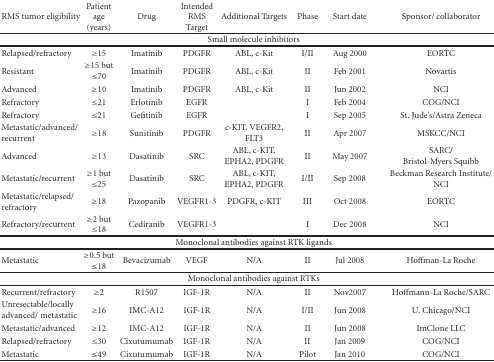
<table><thead><tr><td><b>RMS tumor eligibility</b></td><td><b>Patient age (years)</b></td><td><b>Drug</b></td><td><b>Intended RMS Target</b></td><td><b>Additional Targets</b></td><td><b>Phase</b></td><td><b>Start date</b></td><td><b>Sponsor/ collaborator</b></td></tr></thead><tbody><tr><td colspan="8">Small molecule inhibitors</td></tr><tr><td>Relapsed/refractory</td><td>≥15</td><td>Imatinib</td><td>PDGFR</td><td>ABL, c-Kit</td><td>I/II</td><td>Aug 2000</td><td>EORTC</td></tr><tr><td>Resistant</td><td>≥15 but ≤70</td><td>Imatinib</td><td>PDGFR</td><td>ABL, c-Kit</td><td>II</td><td>Feb 2001</td><td>Novartis</td></tr><tr><td>Advanced</td><td>≥10</td><td>Imatinib</td><td>PDGFR</td><td>ABL, c-Kit</td><td>II</td><td>Jun 2002</td><td>NCI</td></tr><tr><td>Refractory</td><td>≤21</td><td>Erlotinib</td><td>EGFR</td><td></td><td>I</td><td>Feb 2004</td><td>COG/NCI</td></tr><tr><td>Refractory</td><td>≤21</td><td>Gefitinib</td><td>EGFR</td><td></td><td>I</td><td>Sep 2005</td><td>St. Jude&#x27;s/Astra Zeneca</td></tr><tr><td>Metastatic/advanced/ recurrent</td><td>≥18</td><td>Sunitinib</td><td>PDGFR</td><td>c-KIT, VEGFR2, FLT3</td><td>II</td><td>Apr 2007</td><td>MSKCC/NCI</td></tr><tr><td>Advanced</td><td>≥13</td><td>Dasatinib</td><td>SRC</td><td>ABL, c-KIT, EPHA2, PDGFR</td><td>II</td><td>May 2007</td><td>SARC/Bristol-Myers Squibb</td></tr><tr><td>Metastatic/recurrent</td><td>≥1 but ≤25</td><td>Dasatinib</td><td>SRC</td><td>ABL, c-KIT, EPHA2, PDGFR</td><td>I/II</td><td>Sep 2008</td><td>Beckman Research Institute/NCI</td></tr><tr><td>Metastatic/relapsed/ refractory</td><td>≥18</td><td>Pazopanib</td><td>VEGFR1-3</td><td>PDGFR, c-KIT</td><td>III</td><td>Oct 2008</td><td>EORTC</td></tr><tr><td>Refractory/recurrent</td><td>≥2 but ≤18</td><td>Cediranib</td><td>VEGFR1-3</td><td></td><td>I</td><td>Dec 2008</td><td>NCI</td></tr><tr><td colspan="8">Monoclonal antibodies against RTK ligands</td></tr><tr><td>Metastatic</td><td>≥0.5 but ≤18</td><td>Bevacizumab</td><td>VEGF</td><td>N/A</td><td>II</td><td>Jul 2008</td><td>Hoffman-La Roche</td></tr><tr><td colspan="8">Monoclonal antibodies against RTKs</td></tr><tr><td>Recurrent/refractory</td><td>≥2</td><td>R1507</td><td>IGF-1R</td><td>N/A</td><td>II</td><td>Nov2007</td><td>Hoffmann-La Roche/SARC</td></tr><tr><td>Unresectable/locally advanced/ metastatic</td><td>≥16</td><td>IMC-A12</td><td>IGF-1R</td><td>N/A</td><td>I/II</td><td>Jun 2008</td><td>U. Chicago/NCI</td></tr><tr><td>Metastatic/advanced</td><td>≥12</td><td>IMC-A12</td><td>IGF-1R</td><td>N/A</td><td>II</td><td>Jun 2008</td><td>ImClone LLC</td></tr><tr><td>Relapsed/refractory</td><td>≤30</td><td>Cixutumumab</td><td>IGF-1R</td><td>N/A</td><td>II</td><td>Jan 2009</td><td>COG/NCI</td></tr><tr><td>Metastatic</td><td>≤49</td><td>Cixutumumab</td><td>IGF-1R</td><td>N/A</td><td>Pilot</td><td>Jan 2010</td><td>COG/NCI</td></tr></tbody></table>